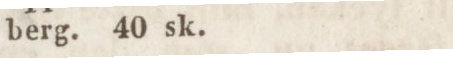
berg. 40 sk.